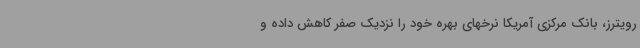
رویترز، بانک مرکزی آمریکا نرخهای بهره خود را نزدیک صفر کاهش داده و